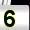
Digit: 5